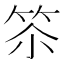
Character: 䇣